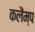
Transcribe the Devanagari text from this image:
कलैंम्प